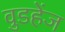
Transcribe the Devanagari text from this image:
वुडहेंज